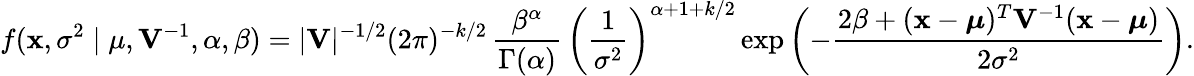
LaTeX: f(\mathbf{x},\sigma^{2}\mid\mu,\mathbf{V}^{-1},\alpha,\beta)=|\mathbf{V}|^{-1/2}{(2\pi)^{-k/2}}\, {\frac{\beta^{\alpha}}{\Gamma(\alpha)}}\, \left({\frac{1}{\sigma^{2}}}\right)^{\alpha+1+k/2}\exp\left(-{\frac{2\beta+(\mathbf{x}-{\boldsymbol{\mu}})^{T}\mathbf{V}^{-1}(\mathbf{x}-{\boldsymbol{\mu}})}{2\sigma^{2}}}\right).